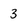
Character: 3